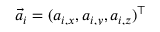
\vec { a } _ { i } = \smash { ( a _ { i , x } , a _ { i , y } , a _ { i , z } ) ^ { \top } }